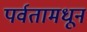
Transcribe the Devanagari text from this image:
पर्वतामधून